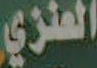
العنزي